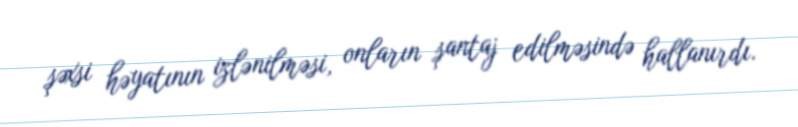
şəxsi həyatının izlənilməsi, onların şantaj edilməsində hallanırdı.